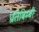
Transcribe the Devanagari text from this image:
प्रतिबिम्बी